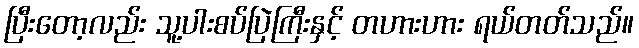
ပြီးတော့လည်း သူ့ပါးစပ်ပြဲကြီးနှင့် တဟားဟား ရယ်တတ်သည်။